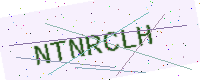
Text: NTNRCLH